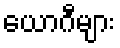
ယောဂီများ